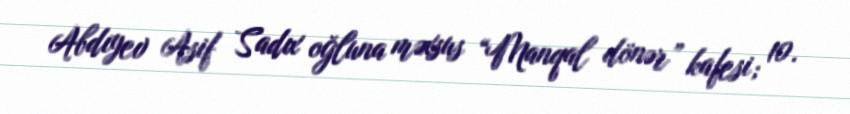
Abdıyev Asif Sadıx oğluna məxsus “Manqal dönər” kafesi; 10.